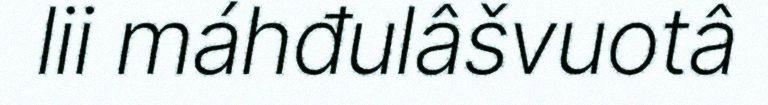
lii máhđulâšvuotâ